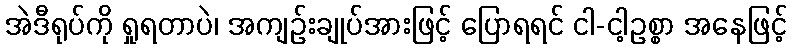
အဲဒီရုပ်ကို ရှုရတာပဲ၊ အကျဉ်းချုပ်အားဖြင့် ပြောရရင် ငါ-ငါ့ဥစ္စာ အနေဖြင့်